Civil Veterinary Department. Central Provinces & Berar 1925-31 - 1925-1931
Year: 1925
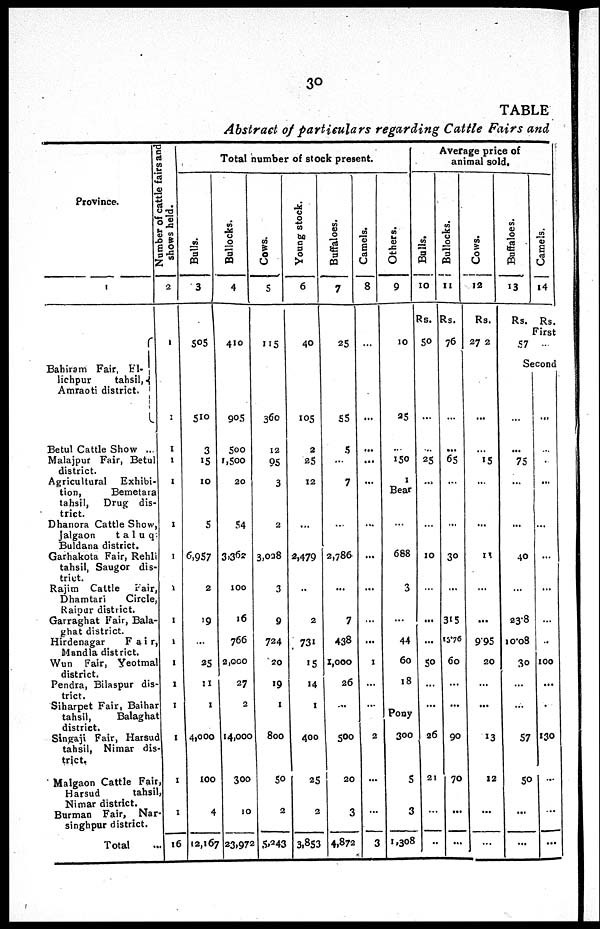
30
TABLE
Abstract of particulars regarding Cattle Fairs and
Province.
1
Bahiram Fair, El-
lichpur
tahsil,
Amraoti district.
Betul Cattle Show ...
Malajpur Fair, Betul
district.
Agricultural Exhibi-
tion,
Bemetara
tahsil, Drug dis-
trict.
Dhanora Cattle Show
Jalgaon
taluq
Buldana district.
Garhakota Fair, Rehl
tahsil, Saugor dis-
trict.
Rajim Cattle Fair,
Dhamtari
Circle
Raipur district.
Garraghat Fair, Bala
ghat district.
Hirdenagar
Fair
Mandla district.
Wun Fair, Yeotma
district.
Pendra, Bilaspur dis-
trict.
Siharpet Fair, Baiha
tahsil,
Balagha
district.
Singaji Fair, Harsud
tahsil, Nimar dis-
trict.
Malgaon Cattle Fair,
Harsud
tahsil,
Nimar district.
Burman Fair, Nar-
singhpur district.
Total ...
Number of cattle fairs and
shows held.
2
1
1
1
1
1
1
1
1
1
1
1
1
1
1
1
1
16
Total number of stock present
Bulls.
3
505
510
3
15
10
5
6,957
2
19
...
25
11
1
4,000
100
4
12,167
Bollocks.
4
410
905
500
1,500
20
54
3,362
100
16
766
2,000
27
2
14,000
300
10
23,975
Cows.
5
115
360
12
95
3
2
3,028
3
9
724
20
19
1
800
50
2
5,243
Young stock.
6
40
105
2
25
12
...
2,479
...
2
731
15
14
1
400
25
2
3,853
Buffaloes.
7
25
55
5
...
7
...
2,786
...
7
438
1,000
26
...
500
20
3
4,872
Camels.
8
...
...
...
...
...
...
...
...
...
...
1
...
...
2
...
...
3
Others.
9
10
25
...
150
1
Bear
...
688
3
...
44
60
18
Pony
300
5
3
1,308
Average price of
animal sold.
Bulls.
10
Rs.
50
...
...
25
...
...
10
...
...
...
50
...
...
26
21
...
..
Bullocks.
11
Rs.
76
...
...
65
...
...
30
...
315
15.76
60
...
...
90
70
...
...
Cows.
12
Rs.
272
...
...
15
...
...
11
...
...
9.95
20
...
...
13
12
...
...
Buffaloes.
13
Rs.
Camels.
14
Rs.
First
57 ...
Second
...
...
75
...
...
40
...
23.8
10.08
30
...
...
57
50
...
...
...
...
.
...
...
...
...
...
..
100
...
...
130
...
...
...